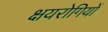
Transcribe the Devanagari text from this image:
क्षयरोगियों